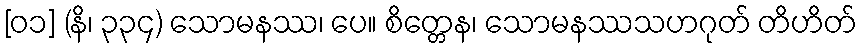
[၀၁] (နိ၊ ၃၃၄) သောမနဿ၊ ပေ။ စိတ္တေန၊ သောမနဿသဟဂုတ် တိဟိတ်